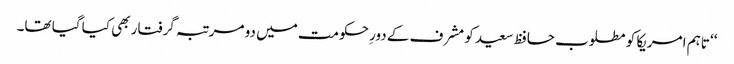
‘‘ تاہم امریکا کو مطلوب حافظ سعید کو مشرف کے دورِ حکومت میں دو مرتبہ گرفتار بھی کیا گیا تھا۔